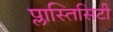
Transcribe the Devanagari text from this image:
प्लास्तिसिटी